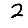
Digit: 2